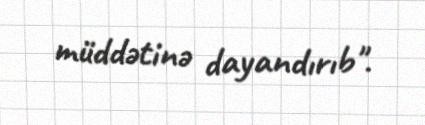
müddətinə dayandırıb".